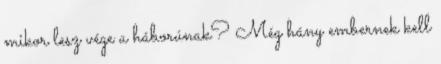
mikor lesz vége a háborúnak? Még hány embernek kell